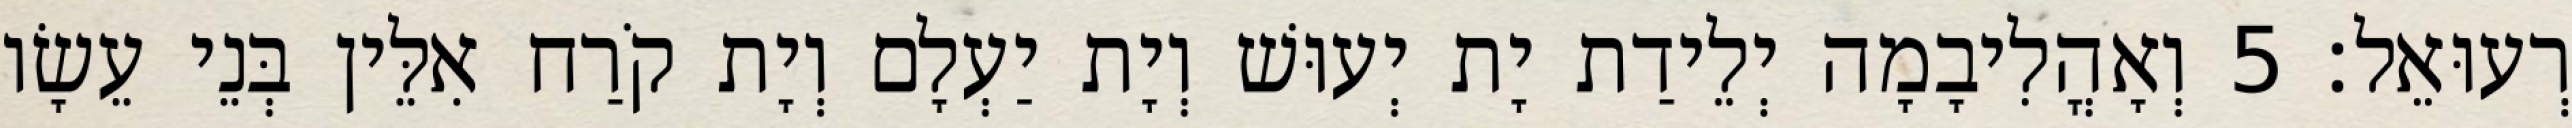
רְעוּאֵל׃ 5 וְאָהֳלִיבָמָה יְלֵידַת יָת יְעוּשׁ וְיָת יַעְלָם וְיָת קֹרַח אִלֵּין בְּנֵי עֵשָׂו